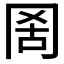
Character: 𦊖